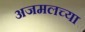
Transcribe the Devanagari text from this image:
अजमलच्या